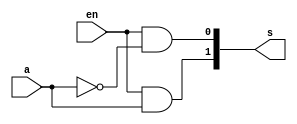

module dec1to2(
	input 	wire a,en,
	output	wire[1:0] s
);

	 assign s = {en & a, en & ~a};



//  assign s[0] = en & ~a;

//	assign s[1] = en & a;

endmodule